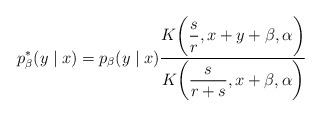
\begin{align*}p_\beta^* (y \mid x)= p_\beta (y \mid x)\dfrac{K \biggl( \dfrac{s}{r}, x+y+\beta, \alpha \biggr)}{K \biggl( \dfrac{s}{r+s}, x+\beta, \alpha \biggr)}\end{align*}